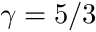
\gamma = 5 / 3